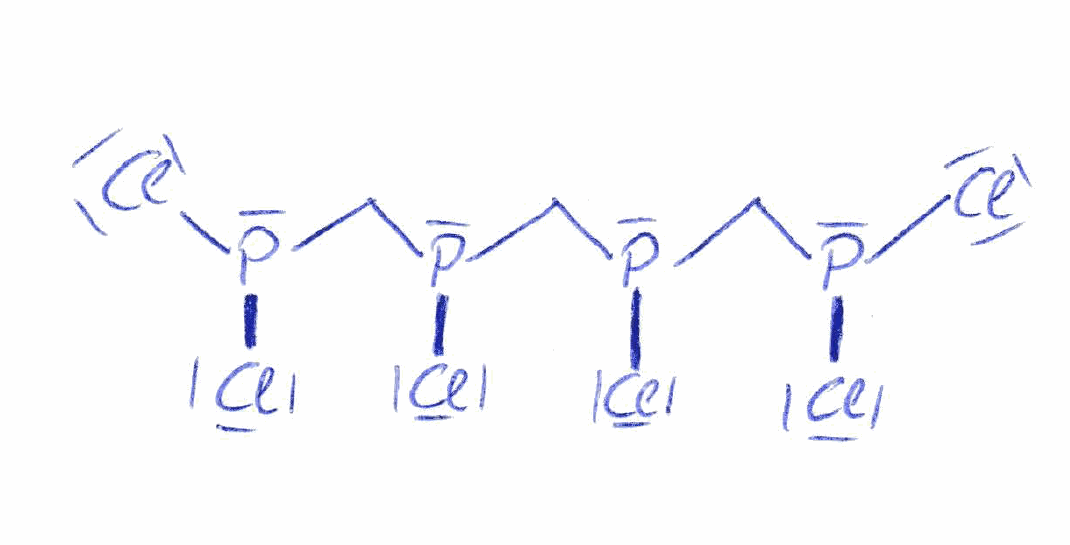
Simplified molecular-input line-entry system (SMILES) notation of the given molecule:
C(P(CP(Cl)Cl)Cl)P(CP(Cl)Cl)Cl